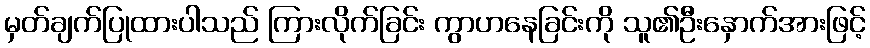
မှတ်ချက်ပြုထားပါသည် ကြားလိုက်ခြင်း ကွာဟနေခြင်းကို သူ၏ဦးနှောက်အားဖြင့်